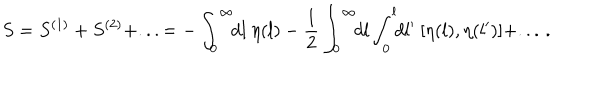
S = S ^ { ( 1 ) } + S ^ { ( 2 ) } + . . . = - \int _ { 0 } ^ { \infty } \! \! d l \ \eta ( l ) - \frac { 1 } { 2 } \int _ { 0 } ^ { \infty } \! \! d l \int _ { 0 } ^ { l } \! \! d l ^ { \prime } \ [ \eta ( l ) , \eta ( l ^ { \prime } ) ] + . . . \, .